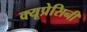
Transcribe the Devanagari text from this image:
क्यूप्रेसिनी